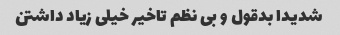
شدیدا بدقول و بی نظم تاخیر خیلی زیاد داشتن